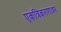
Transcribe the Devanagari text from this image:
एकत्रिकरणावर